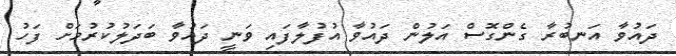
ދައުވާ އަނބުރާ ގެންގޮސް އަލުން ދައުވާ އުފުލާފައި ވަނީ ދައުވާ ބަދަލުކުރުމަށް ފަހު